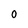
Character: 0